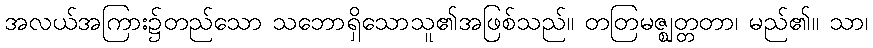
အလယ်အကြား၌တည်သော သဘောရှိသောသူ၏အဖြစ်သည်။ တတြမဇ္ဈတ္တတာ၊ မည်၏။ သာ၊